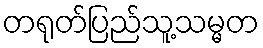
တရုတ်ပြည်သူ့သမ္မတ